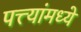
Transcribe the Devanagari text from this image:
पत्त्यांमध्ये